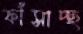
ফাঁসাচ্ছ